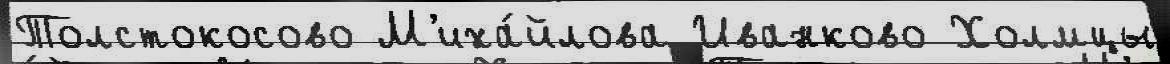
Толстокосово М'иха́йлова Иванково Холмцы